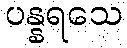
ပန္နရသေ